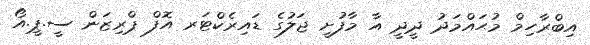
އިބްރާހިމް މުޙައްމަދު ދީދީ އާ މާފުށީ ޖަލުގެ ޑައިރެކްޓަރ އޮފް ޕްރިޒަން ސީ.ޕީ.އޯ